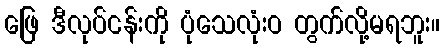
ဖြေ ဒီလုပ်ငန်းကို ပုံသေလုံးဝ တွက်လို့မရဘူး။